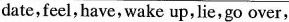
date,feel,have, wake up,lie,go over,